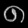
Digit: ၈